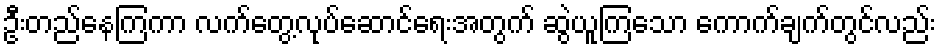
ဦးတည်နေကြကာ လက်တွေ့လုပ်ဆောင်ရေးအတွက် ဆွဲယူကြသော ကောက်ချက်တွင်လည်း